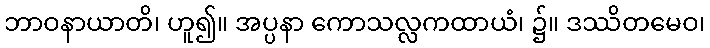
ဘာဝနာယာတိ၊ ဟူ၍။ အပ္ပနာ ကောသလ္လကထာယံ၊ ၌။ ဒဿိတမေဝ၊